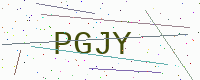
Text: PGJY